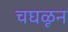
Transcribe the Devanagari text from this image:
चघळून